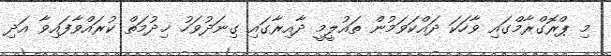
މި ޕްރޮގްރާމްގައި ވާހަކަ ދައްކަވަމުން ތައުލީމީ ދާއިރާގައި ގިނަދުވަހު ޚިދުމަތް ކުރައްވާފައިވާ އަދި